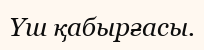
Үш қабырғасы.